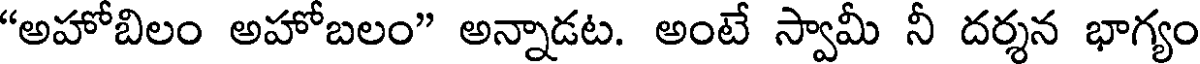
"అహోబిలం అహోబలం" అన్నాడట. అంటే స్వామీ నీ దర్శన భాగ్యం